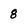
Character: 8